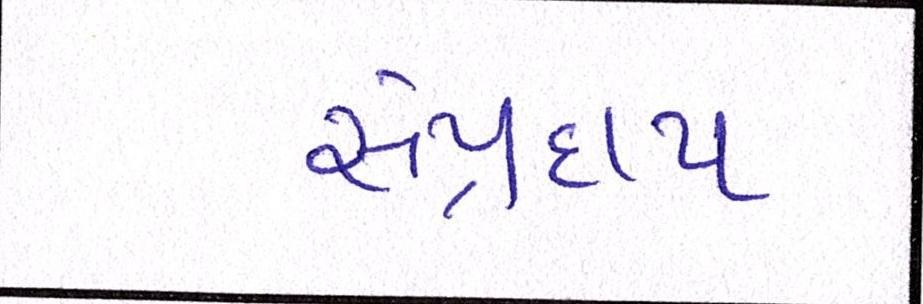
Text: સંપ્રદાય